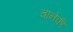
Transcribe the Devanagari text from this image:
चानेकी